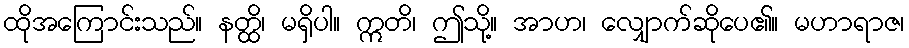
ထိုအကြောင်းသည်။ နတ္ထိ၊ မရှိပါ။ ဣတိ၊ ဤသို့။ အာဟ၊ လျှောက်ဆိုပေ၏။ မဟာရာဇ၊